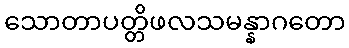
သောတာပတ္တိဖလသမန္နာဂတော